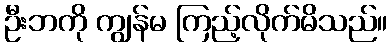
ဦးဘကို ကျွန်မ ကြည့်လိုက်မိသည်။